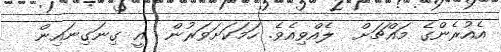
އެއުރެންގެ މައްޗަށް  ލެއްވިއެވެ. ހަމަކަށަވަރުން  އީ ގިނަގިނައިން